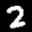
Label: 2